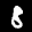
Label: 8